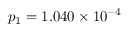
p _ { 1 } = 1 . 0 4 0 \times 1 0 ^ { - 4 }